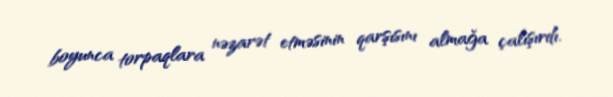
boyunca torpaqlara nəzarət etməsinin qarşısını almağa çalışırdı.